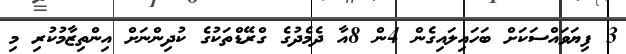
3 ފިޔަވައްސަކަށް ބަހައިލައިގެން 4ން 8އާ ދެމެދުގެ ގްރޭޑްތަކުގެ ކުދިންނަށް އިންތިޒާމުކުރި މި